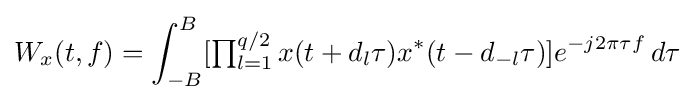
W_{x}(t,f)=\int _{-B}^{B}[\textstyle \prod _{l=1}^{q/2}\displaystyle x(t+d_{l}\tau )x^{*}(t-d_{-l}\tau )]e^{-j2\pi \tau f}\,d\tau